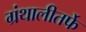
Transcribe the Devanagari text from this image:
ग्रंथालीतर्फे